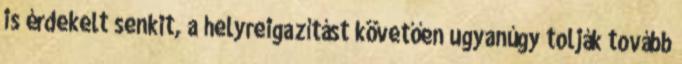
is érdekelt senkit, a helyreigazítást követően ugyanúgy tolják tovább